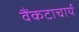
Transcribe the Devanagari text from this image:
वैंकटाचार्य